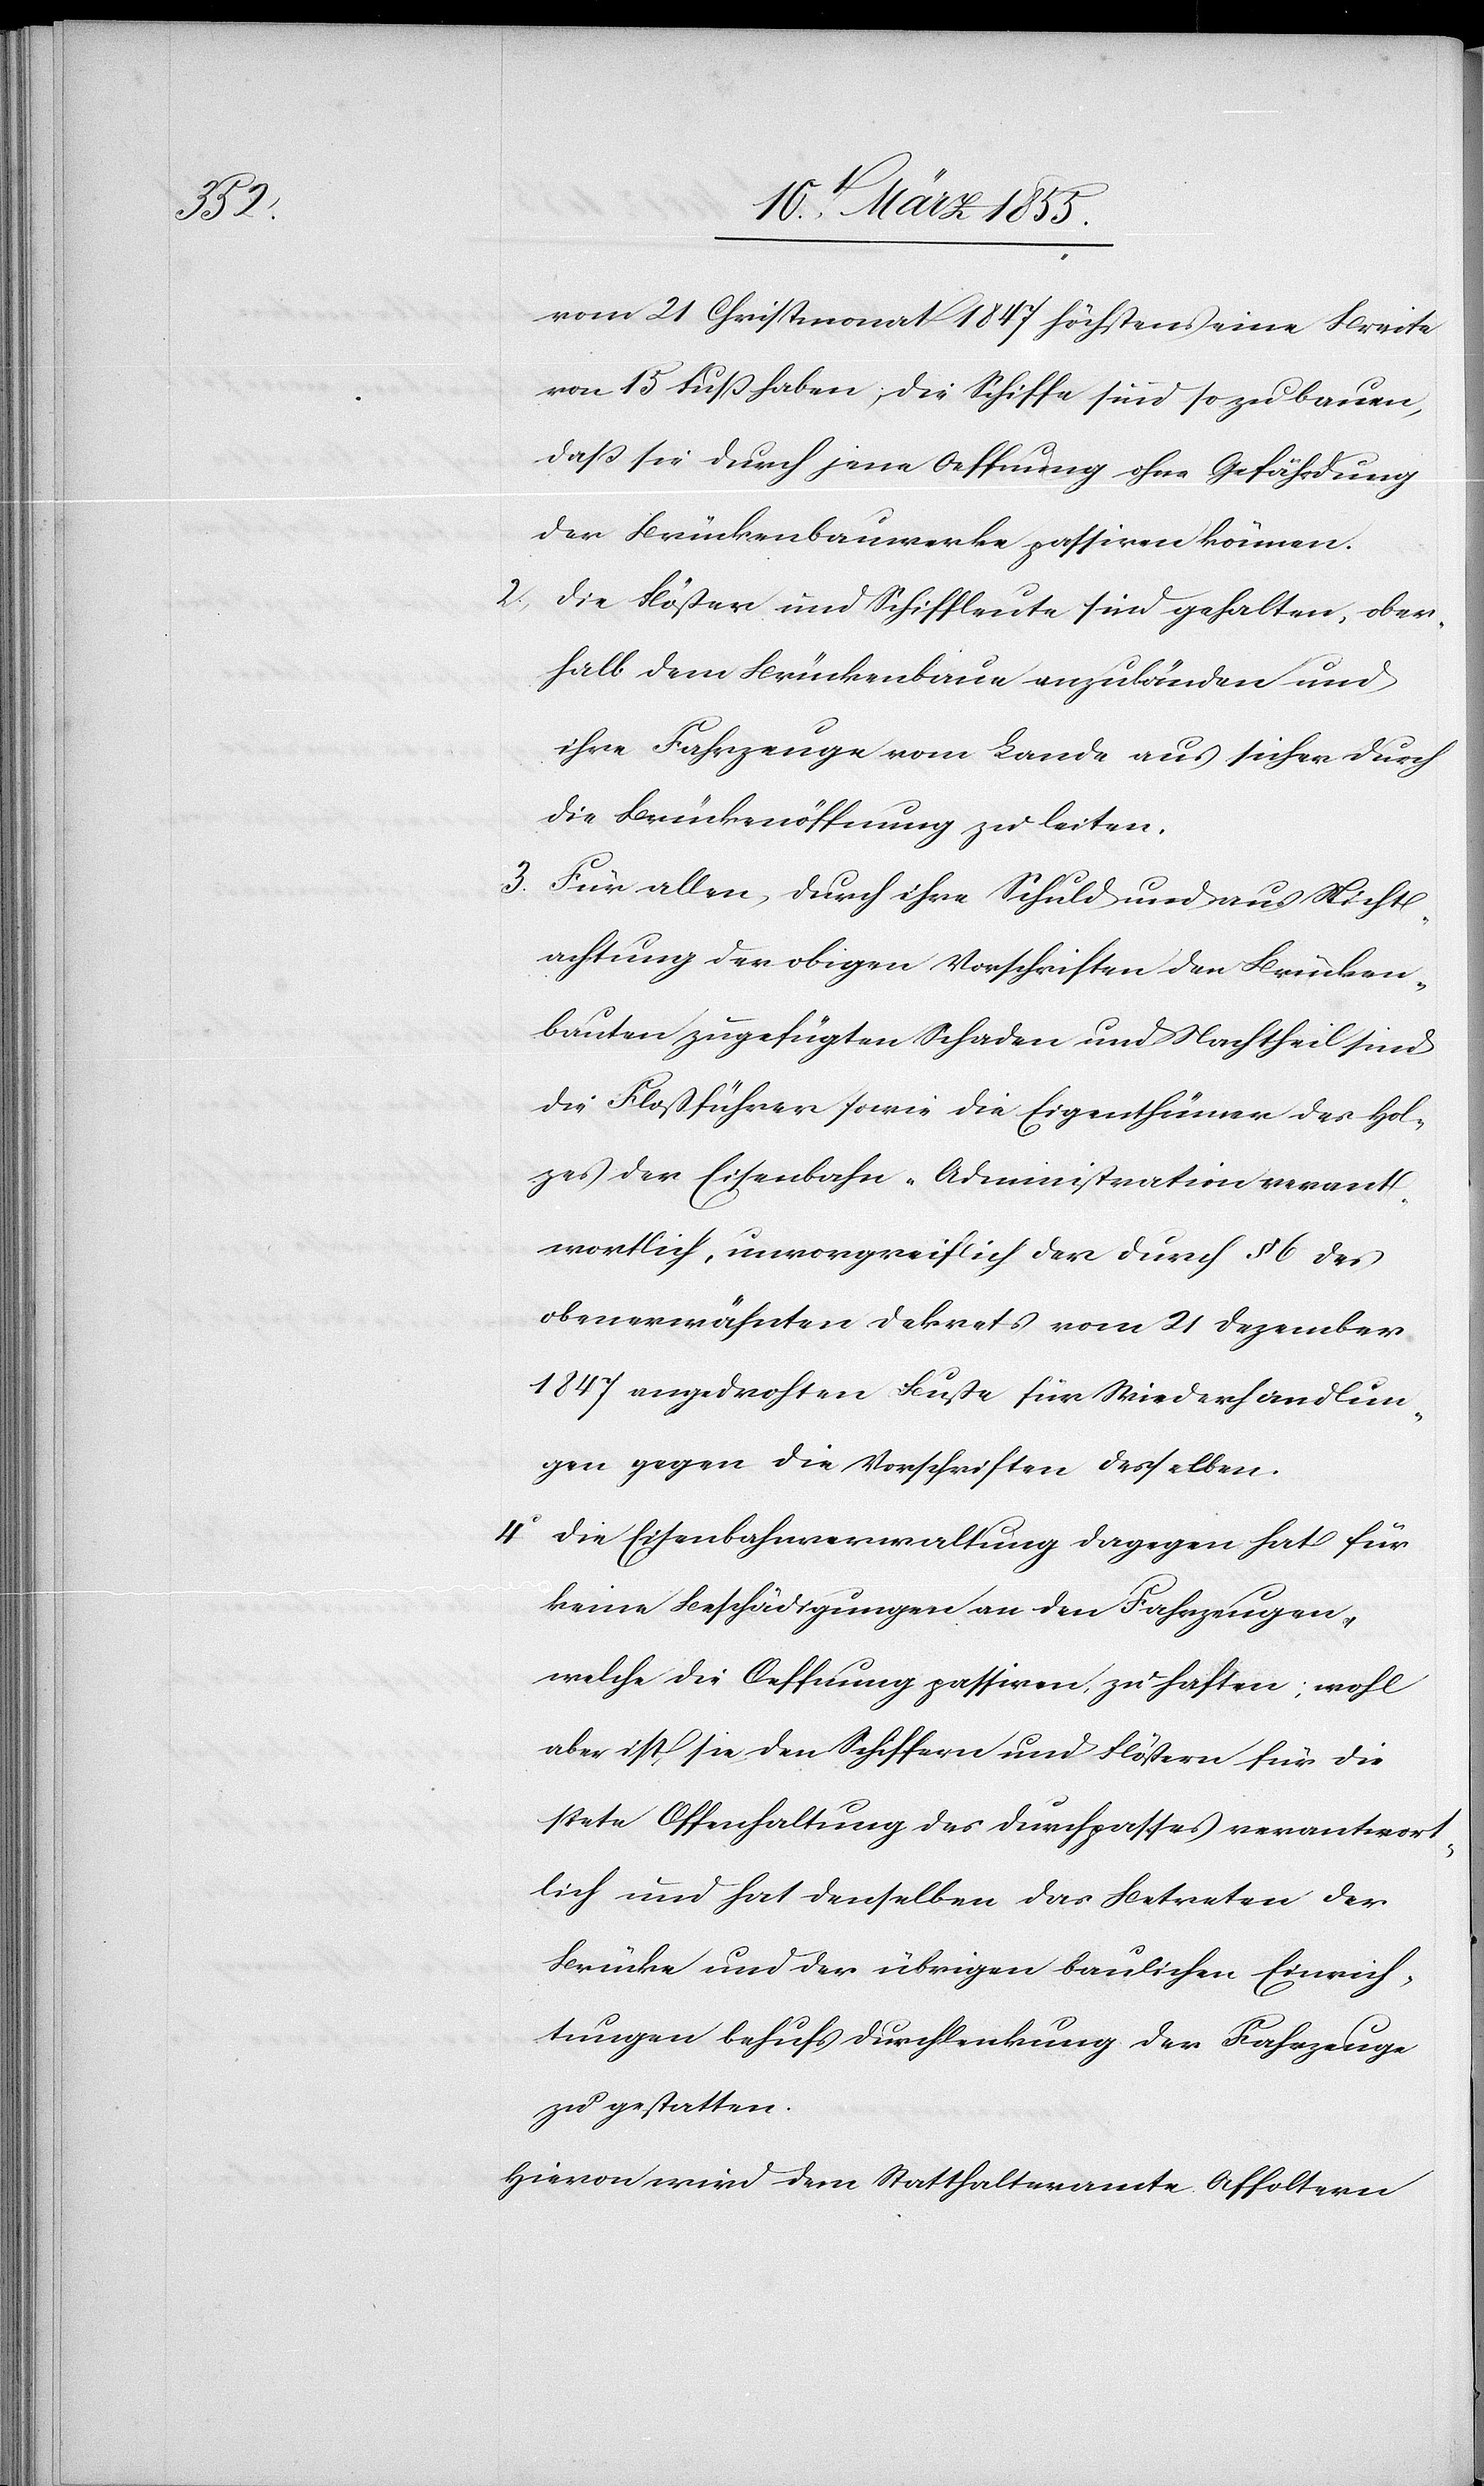
vom 21 Christmonat 1847 höchstens eine Breite
von 15 Fuss haben; die Schiffe sind so zu bauen,
dass sie durch jene Oeffnung ohne Gefährdung
der Brückenbauwerke passiren können.
Die Flößer und Schiffleute sind gehalten, ober¬
halb dem Brückenbaue anzuländen und
ihre Fahrzeuge vom Lande aus sicher durch
die Brückenöffnung zu leiten.
Für allen, durch ihre Schuld und aus Nicht¬
achtung der obigen Vorschriften den Brücken¬
bauten zugefügten Schaden und Nachtheil sind
die Floßführer sowie die Eigenthümer des Hol¬
zes der Eisenbahn-Administration verant¬
wortlich, unvorgreiflich der durch § 6 des
obenerwähnten Dekrets vom 21 Dezember
1847 angedrohten Buße für Wiederhandlun¬
gen gegen die Vorschriften desselben.
Die Eisenbahnverwaltung dagegen hat für
keine Beschädigungen an den Fahrzeugen,
welche die Oeffnung passiren, zu haften; wohl
aber ist sie den Schiffern und Flößern für die
stete Offenhaltung des Durchpasses verantwort¬
lich und hat denselben das Betreten der
Brücke und der übrigen baulichen Einrich¬
tungen behufs Durchlenkung der Fahrzeuge
zu gestatten.
Hievon wird dem Statthalteramte Affoltern